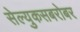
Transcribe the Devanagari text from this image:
सेल्युकसबरोबर